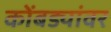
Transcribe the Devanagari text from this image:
कोंबड्यांवर